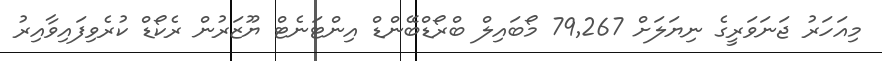
މިއަހަރު ޖަނަވަރީގެ ނިޔަލަށް 79